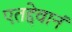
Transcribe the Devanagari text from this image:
एतद्देवानं